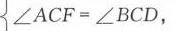
$\angle ACF=\angle BCD,$